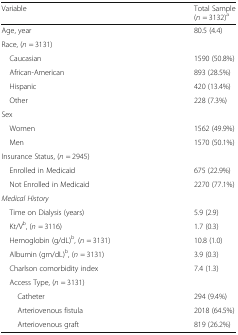
<table><thead><tr><td><b>Variable</b></td><td><b>Total Sample(<i>n</i> = 3132)<sup>a</sup></b></td></tr></thead><tbody><tr><td>Age, year</td><td>80.5 (4.4)</td></tr><tr><td colspan="2">Race, (<i>n</i> = 3131)</td></tr><tr><td> Caucasian</td><td>1590 (50.8%)</td></tr><tr><td> African-American</td><td>893 (28.5%)</td></tr><tr><td> Hispanic</td><td>420 (13.4%)</td></tr><tr><td> Other</td><td>228 (7.3%)</td></tr><tr><td colspan="2">Sex</td></tr><tr><td> Women</td><td>1562 (49.9%)</td></tr><tr><td> Men</td><td>1570 (50.1%)</td></tr><tr><td colspan="2">Insurance Status, (<i>n</i> = 2945)</td></tr><tr><td> Enrolled in Medicaid</td><td>675 (22.9%)</td></tr><tr><td> Not Enrolled in Medicaid</td><td>2270 (77.1%)</td></tr><tr><td colspan="2"><i>Medical History</i></td></tr><tr><td> Time on Dialysis (years)</td><td>5.9 (2.9)</td></tr><tr><td> Kt/V<sup>b</sup>, (<i>n</i> = 3116)</td><td>1.7 (0.3)</td></tr><tr><td> Hemoglobin (g/dL)<sup>b</sup>, (<i>n</i> = 3131)</td><td>10.8 (1.0)</td></tr><tr><td> Albumin (gm/dL)<sup>b</sup>, (<i>n</i> = 3131)</td><td>3.9 (0.3)</td></tr><tr><td> Charlson comorbidity index</td><td>7.4 (1.3)</td></tr><tr><td colspan="2"> Access Type, (<i>n</i> = 3131)</td></tr><tr><td>Catheter</td><td>294 (9.4%)</td></tr><tr><td>Arteriovenous fistula</td><td>2018 (64.5%)</td></tr><tr><td>Arteriovenous graft</td><td>819 (26.2%)</td></tr></tbody></table>